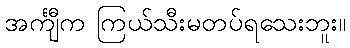
အင်္ကျီက ကြယ်သီးမတပ်ရသေးဘူး။